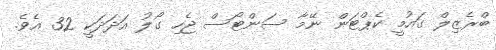
ބްރެޒިލް ގައުމީ ކެޕްޓަން ނޭމާ ސަންޓޯސް ޖެހި ގޯލު އަދަދަކީ 32 އެވެ.